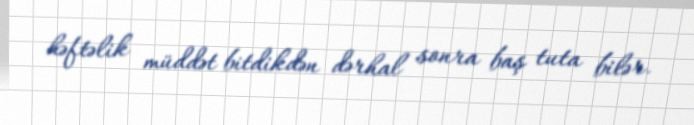
həftəlik müddət bitdikdən dərhal sonra baş tuta bilər.